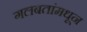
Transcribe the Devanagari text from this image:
गलबतांमधून